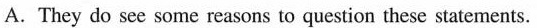
A. They do see some reasons to question these statements.